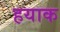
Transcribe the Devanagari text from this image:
हयाक